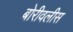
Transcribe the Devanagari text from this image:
बोरीवलीस